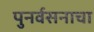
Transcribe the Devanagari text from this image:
पुनर्वसनाचा